Dysentery in Hazaribagh Central Jail - Number 52
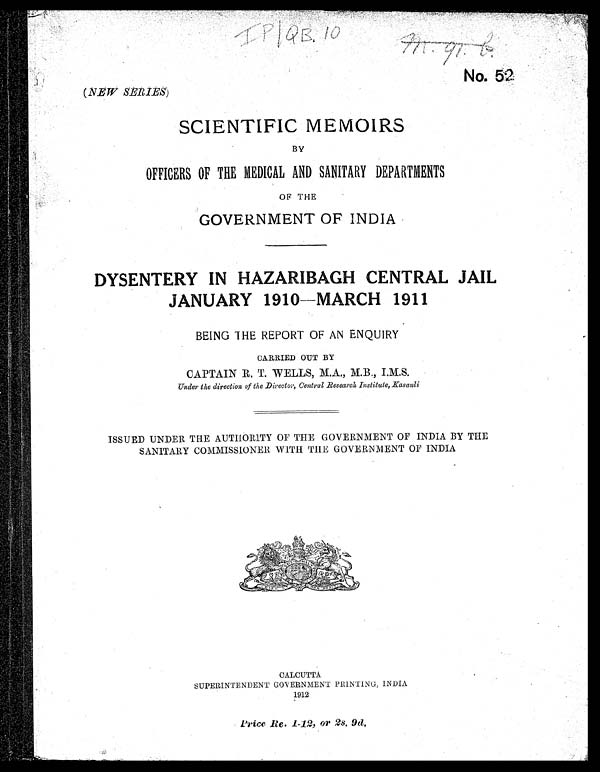
IP/QB. 10
N o . 5 2 .
(NEW SERIES)
SCIENTIFIC MEMOIRS
BY
OFFICERS OF THE MEDICAL AND SANITARY DEPARTMENTS
OF THE
GOVERNMENT OF INDIA
DYSENTERY IN HAZARBAGH CENTRAL JAIL
JANUARY 1910—MARCH 1911
BEING THE REPORT OF AN ENQUIRY
CARRIED OUT BY
CAPTAIN R. T. WELLS, M.A., M.B., I.M.S.
Under the direction of the Director, Central Research Institute, Kasauli
ISSUED UNDER THE AUTHORITY OF THE GOVERNMENT OF INDIA BY THE
SANITARY COMMISSIONER WITH THE GOVERNMENT OF INDIA
CALCUTTA
SUPERINTENDENT GOVERNMENT PRINTING, INDIA
1912
Price Re. 1-12, or 2s. 9d.